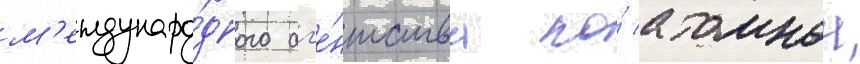
м'еждунаро́дного аг'е́нтства по́ атомнои